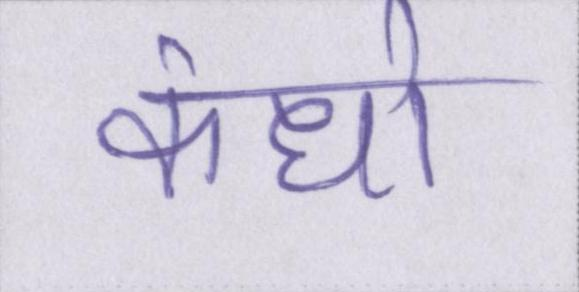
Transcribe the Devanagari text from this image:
कंधो